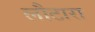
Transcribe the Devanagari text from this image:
लौटारा